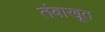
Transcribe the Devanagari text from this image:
तंबाखूत